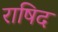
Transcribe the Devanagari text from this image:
राषिद